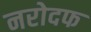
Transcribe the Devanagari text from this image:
नरोदफ